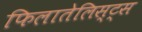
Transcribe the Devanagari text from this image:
फिलातेलिस्ट्स